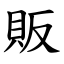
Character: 販